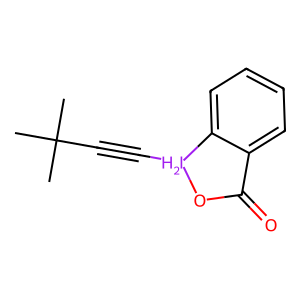
SMILES: CC(C)(C)C#C[IH2]1OC(=O)c2ccccc21
Inhibits HIV replication: No